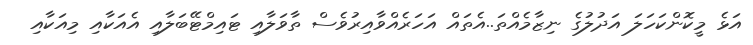
އަޅެ މީކޮންކަހަލަ އަދުލުގެ ނިޒާމެއްތަ..އެތައް އަހަރެއްވާއިރުވެސް ތާވަލާއި ޓައިމްޓޭބަލާއި އެއަކާއި މިއަކާއި